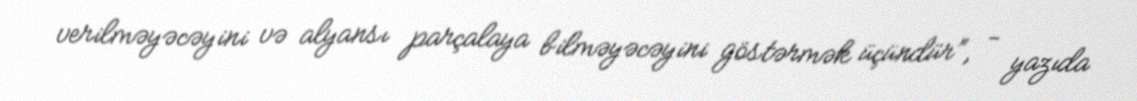
verilməyəcəyini və alyansı parçalaya bilməyəcəyini göstərmək üçündür”, - yazıda